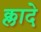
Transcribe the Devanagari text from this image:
क्लादे